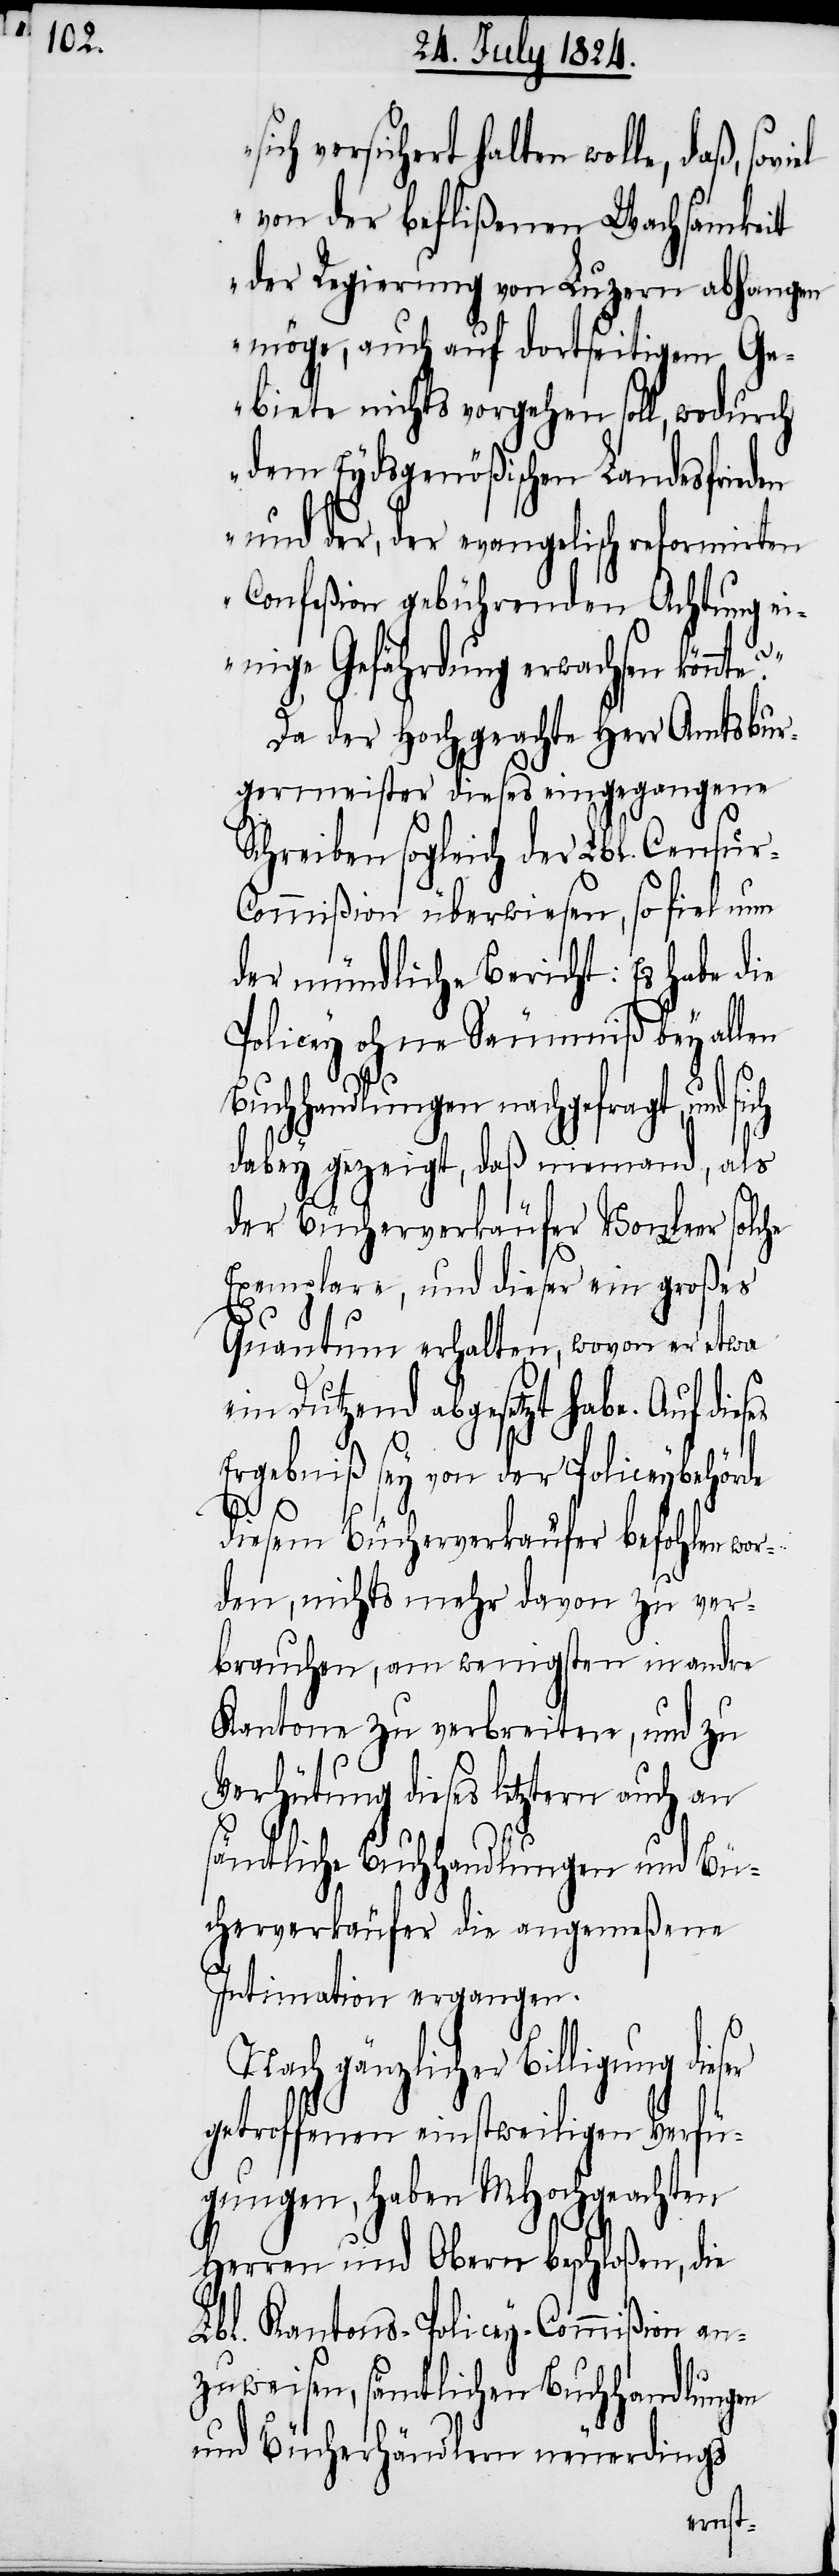
ch versichert haben wolle, daß,
von der beflißenen Wachsamkeit
der Regierung von Luzern abhangen
möge, auch auf dortseitigem Ge¬
biete nichts vorgehen soll, wodur¬
dem Eydsgenößischen Landesfrieden
und der, der evangelisch reformirten
Confeßion gebührenden Achtung ei¬
nige Gefährdung erwachsen könnt¬
Da der Hochgeachte Herr Amtsbur¬
germeister dieses eingegangene
Schreiben sogleich der Lbl. Censur-C¬
ommißion überwiesen, so fiel nun
der mündliche Bericht: Es habe die
Policey ohne Säumniß bey allen
Buchhandlungen nachgefragt, und
dabey gezeigt, daß niemand, als
der Buchverkäufer Von Leer solche
Exemplare, und dieser ein großes
ch
Quantum erhalten, wovon er etwa
ein Dutzend abgesetzt habe. Auf die¬
ser
Ergebniß sey von der Policeybehörde
diesem Bücherverkäufer befohlen wor¬
den, nichts mehr davon zu ver¬
brauchen, am wenigsten in andre
Kantone zu verbreiten, und zu
Verhütung dieses letztern auch an
sämtliche Buchhandlungen und Bü¬
cherverkäufer die angemeßene
Intimation ergangen.
Nach gänzlicher Billigung die¬
getroffenen einstweiligen Verfü¬
gungen, haben MHochgeachten
Herren und Obern beschloßen, die
Lbl. Kantons-Policey-Commißion an¬
zuweisen, sämtlichen Buchhandlungen
und Bücherhändlern neuerdings